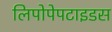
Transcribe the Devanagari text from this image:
लिपोपेपटाइडस